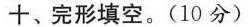
十、完形填空。(10 分)